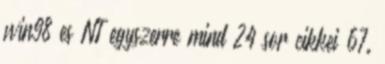
win98 es NT egyszerre mind 24 sor cikkei 67.